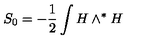
S _ { 0 } = - \frac { 1 } { 2 } \int H \wedge ^ { \ast } H